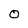
Character: O